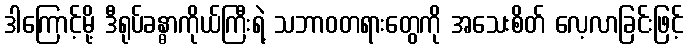
ဒါကြောင့်မို့ ဒီရုပ်ခန္ဓာကိုယ်ကြီးရဲ့ သဘာဝတရားတွေကို အသေးစိတ် လေ့လာခြင်းဖြင့်